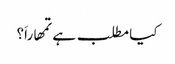
کیا مطلب ہے تمھاراَ؟